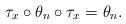
LaTeX: \begin{align*}\tau_x \circ \theta_n\circ\tau_x=\theta_n.\end{align*}